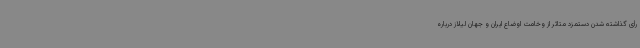
رأی گذاشته شدن دستمزد متاثر از وخامت اوضاع ایران و جهان لیلاز درباره